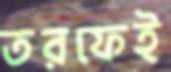
তরফেই